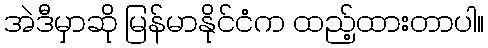
အဲဒီမှာဆို မြန်မာနိုင်ငံက ထည့်ထားတာပါ။